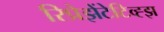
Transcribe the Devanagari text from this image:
रिप्रेझेंटेटिव्ह्झ